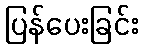
ပြန်ပေးခြင်း